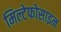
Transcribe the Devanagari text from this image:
मिल्टेफोसाइन